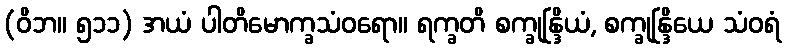
(ဝိဘ။ ၅၁၁) အယံ ပါတိမောက္ခသံဝရော။ ရက္ခတိ စက္ခုန္ဒြိယံ, စက္ခုန္ဒြိယေ သံဝရံ